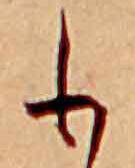
も